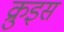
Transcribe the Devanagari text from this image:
क्रुइस